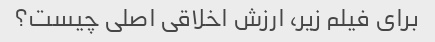
برای فیلم زیر، ارزش اخلاقی اصلی چیست؟